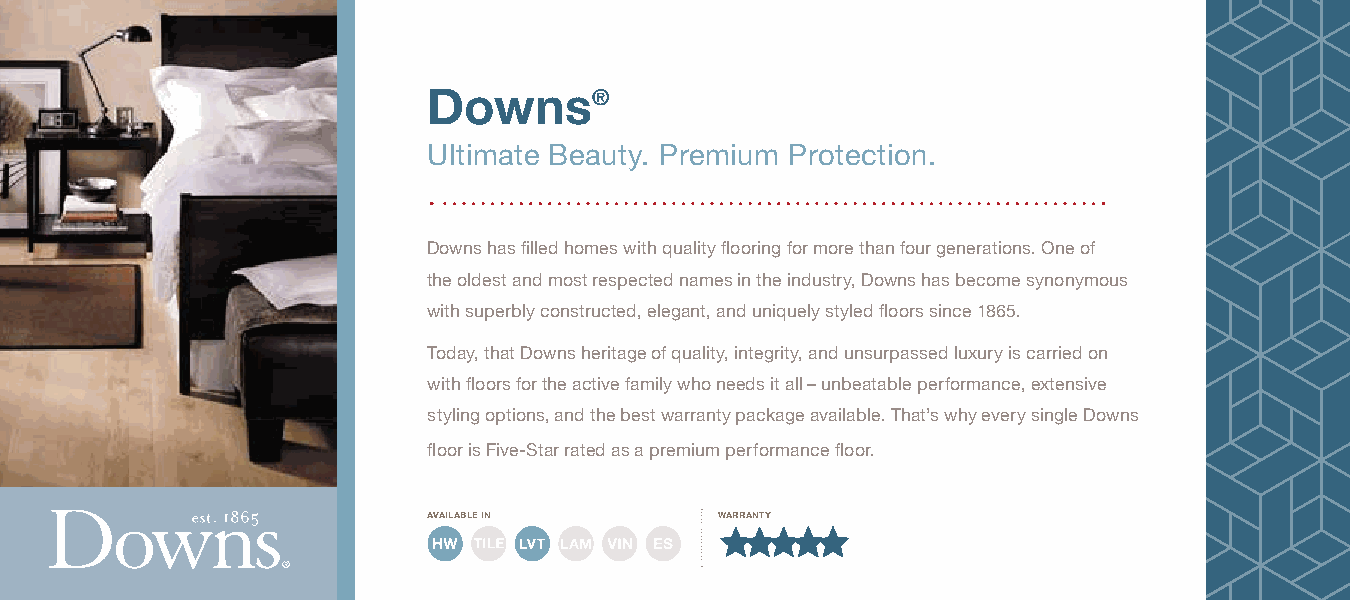
Downs®
 Ultimate Beauty. Premium Protection.
 Downs has filled homes with quality flooring for more than four generations. One of
 the oldest and most respected names in the industry, Downs has become synonymous
 with superbly constructed, elegant, and uniquely styled floors since 1865.
 Today, that Downs heritage of quality, integrity, and unsurpassed luxury is carried on
 with floors for the active family who needs it all – unbeatable performance, extensive
 styling options, and the best warranty package available. That’s why every single Downs
 floor is Five-Star rated as a premium performance floor.
 available in        warranty